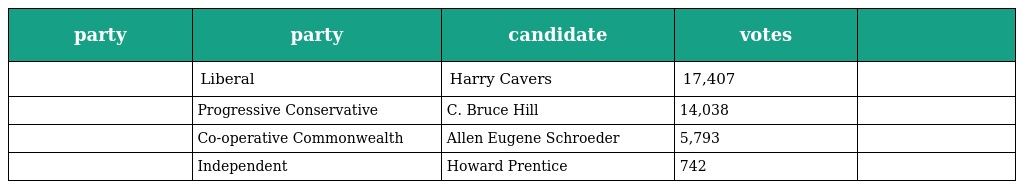
| party | party | candidate | votes |  |
 | --- | --- | --- | --- | --- |
 |  | Liberal | Harry Cavers | 17,407 |  |
 |  | Progressive Conservative | C. Bruce Hill | 14,038 |  |
 |  | Co-operative Commonwealth | Allen Eugene Schroeder | 5,793 |  |
 |  | Independent | Howard Prentice | 742 |  |